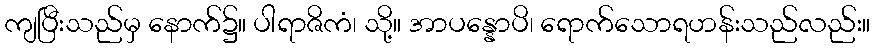
ကျပြီးသည်မှ နောက်၌။ ပါရာဇိကံ၊ သို့။ အာပန္နောပိ၊ ရောက်သောရဟန်းသည်လည်း။